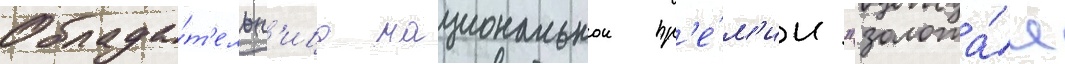
Облада́т'ельн'ица национальнои пр'е́м'ии "золота́я